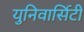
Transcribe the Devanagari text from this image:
युनिवार्सिटी